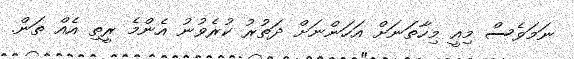
ނަމަވެސް މިއީ މިހާތަނަށް އަހަންނަށް ދަތުރު ކުރެވުނު އެންމެ ރީތި އެއް ތަން.